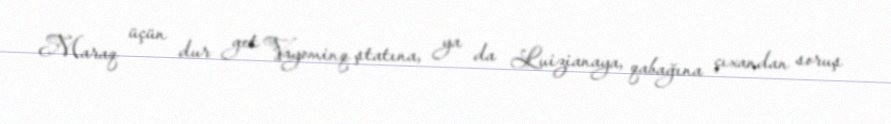
Maraq üçün dur get Vayominq ştatına, ya da Luizianaya, qabağına çıxandan soruş